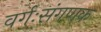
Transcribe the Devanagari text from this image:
वर्गःसंगणक